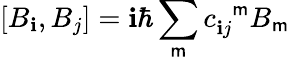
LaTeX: \left[B_{\mathbf{i}},B_{j}\right]=\mathbf{i}\hbar\sum_{\mathsf{m}}c_{\mathbf{i}j}^{\; \; \mathsf{m}}B_{\mathsf{m}}